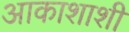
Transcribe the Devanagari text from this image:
आकाशाशी